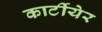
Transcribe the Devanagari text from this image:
कार्टीयेर